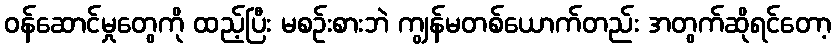
ဝန်ဆောင်မှုတွေကို ထည့်ပြီး မစဉ်းစားဘဲ ကျွန်မတစ်ယောက်တည်း အတွက်ဆိုရင်တော့